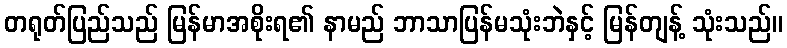
တရုတ်ပြည်သည် မြန်မာအစိုးရ၏ နာမည် ဘာသာပြန်မသုံးဘဲနှင့် မြန်တျန့် သုံးသည်။